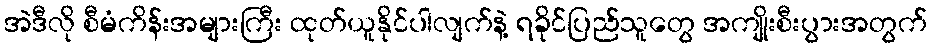
အဲဒီလို စီမံကိန်းအများကြီး ထုတ်ယူနိုင်ပါလျက်နဲ့ ရခိုင်ပြည်သူတွေ အကျိုးစီးပွားအတွက်